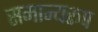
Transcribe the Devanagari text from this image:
समान्यरूप